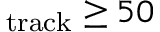
_ { \mathrm { t r a c k } } \geq 5 0